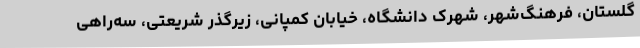
گلستان، فرهنگ‌شهر، شهرک دانشگاه، خیابان کمپانی، زیرگذر شریعتی، سه‌راهی